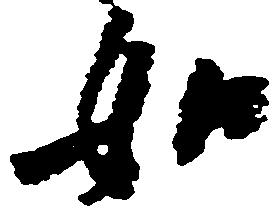
如